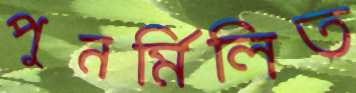
পুনর্মিলিত